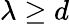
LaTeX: \lambda\geq d